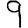
Digit: 9